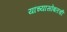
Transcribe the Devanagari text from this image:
यांच्यासोबतची